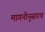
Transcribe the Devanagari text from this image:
मागनीनुसारच